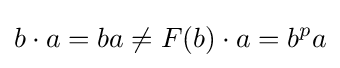
b\cdot a=ba\neq F(b)\cdot a=b^{p}a